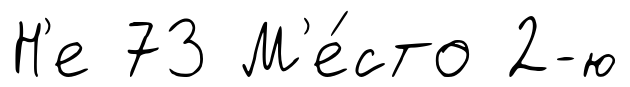
Н'е 73 М'е́сто 2-ю